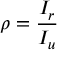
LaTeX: \rho = { \frac { I _ { r } } { I _ { u } } }